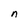
Character: n